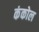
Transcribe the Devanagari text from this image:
कंकोल